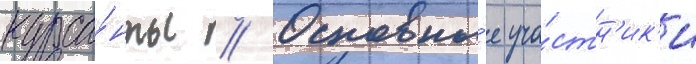
курса́нты // Основны́е уча́стн'ик'и